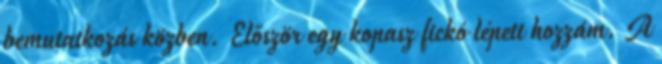
bemutatkozás közben. Először egy kopasz fickó lépett hozzám. A